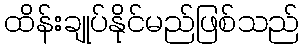
ထိန်းချုပ်နိုင်မည်ဖြစ်သည်